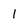
Character: 1